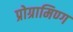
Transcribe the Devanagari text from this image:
प्रोग्रामिण्ग